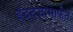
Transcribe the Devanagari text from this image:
इंद्रदत्तामार्फत